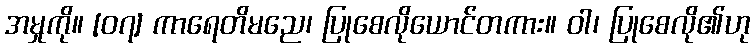
အမှုကို။ [၀၇] ကာရေတိမညေ၊ ပြုစေလိုယောင်တကား။ ဝါ၊ ပြုစေလို၏ဟု